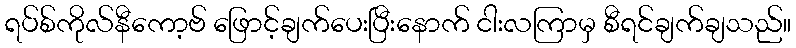
ရပ်စ်ကိုလ်နီကော့ဗ် ဖြောင့်ချက်ပေးပြီးနောက် ငါးလကြာမှ စီရင်ချက်ချသည်။